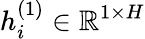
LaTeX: h_{i}^{(1)}\in\mathbb{R}^{1\times H}